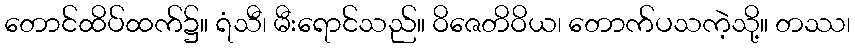
တောင်ထိပ်ထက်၌။ ရံသီ၊ မီးရောင်သည်။ ဝိဇေတိဝိယ၊ တောက်ပသကဲ့သို့။ တဿ၊